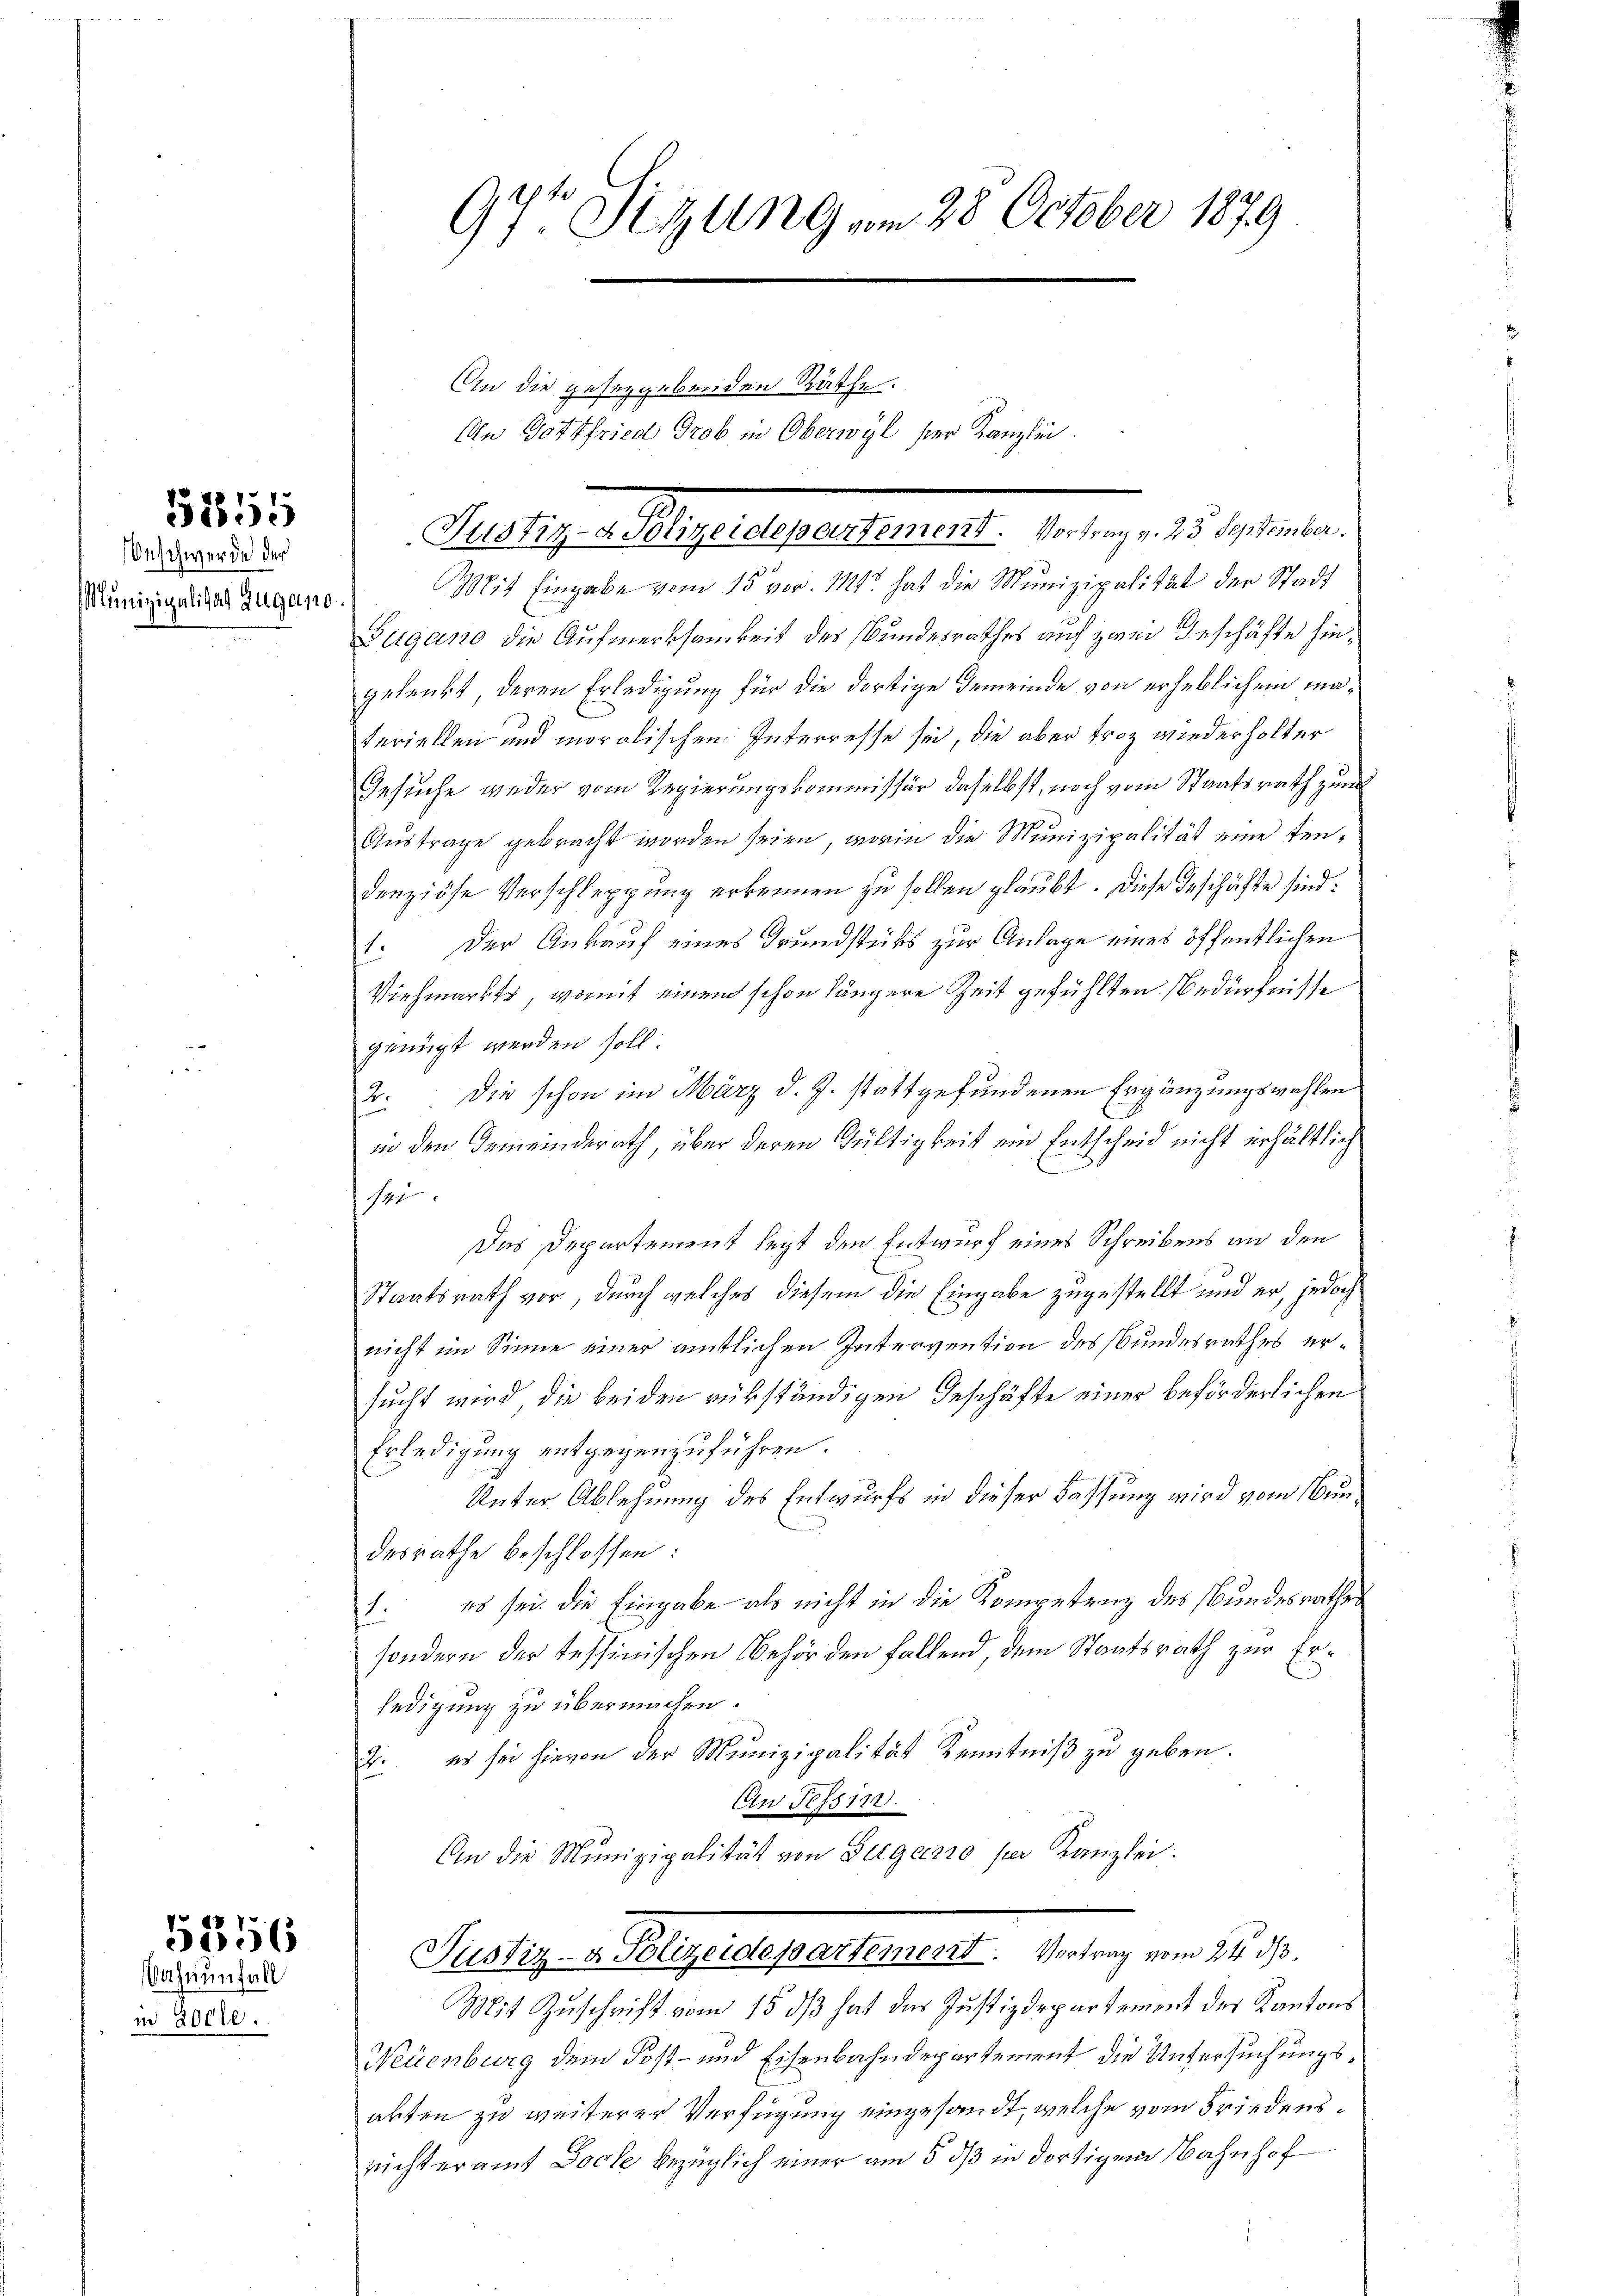
51855

Onschwerde der
Munizipalitat Zugano

5356
Vochnenfall

in 2000.

Mit Eingabe vom 15. vor. Mts. hat die Munizipalität der Stadt
Zugano die Aufmerksamkeit des Bundesrathes auf zwei Geschäfte hingelenkt, deren Erledigung für die dortige Gemeinde von erheblichem materiellen und moralischen Interresse sei, die aber froz wiederholter
Gesuche weder vom Regierungskommissär daselbst, noch vom Staatsrath zum
Austrage gebracht worden seien, worin die Munizipalität eine tendenziöse Verschleppung erkennen zu sollen glaubt. Diese Geschäfte sind:
1. Der Ankauf eines Grundstücks zur Anlage eines öffentlichen
Viehmarkte, womit einen schon längere Zeit gefühlten Bedürfnisse
genügt werden soll.
2. Die schon im März d. J. stattgefundenen Ergänzungswahlen
in den Gemeinderath, über deren Gültigkeit ein Entscheid nicht erhältlich
sei
Das Departement legt den Entwurf eines Schreibens an den
Staatsrath vor, durch welches diesem die Eingabe zugestellt und er, jedoch
nicht im Sinne einer amtlichen Intervention des Bundesrathes ersucht wird die beiden rükständigen Geschäfte einer beförderlichen
Erledigung entgegenzuführen.
Unter Ablehnung des Entwurfs in dieser Bassung wird vom Bundesrathe beschlossen:
1. es sei. die Eingabe als nicht in die Kompetenz des Bundesrathes
sondern der Tessinischen Behörden fallend dem Staatsrath zur Erledigung zu übermachen.
2. es sei hievon der Munizipalität Kenntniß zu geben.
An Tessin.
An die Munizipalität von Bergano per Kanzlei.
Justiz- & Polizeidepartement. Vortrag vom 24. ds.
Mit Zuschrift vom 15. dß hat der Justizdepartement der Kantons¬
Neuenburg dem Post- und Eisenbahndepartement die Untersuchungsakten zu weiterer Verfügung eingesandt, welche vom Friedensrichteramt Doch bezüglich einer am 5. dß in dortigem Bahnhof

97t Sigung vom 28. October 1879

An die geseggebenden Räthe.
An Gottfried Grob in Oberwyl ser Kanzlei.
¬

Justiz- & Polizeidepartement. Vortrag v. 23 September.